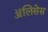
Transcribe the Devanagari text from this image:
ॲलिसेस